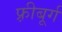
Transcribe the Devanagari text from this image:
फ़्रीबूर्ग